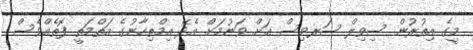
މީގެ އިތުރުން ސިވިލް ސަރވިސް އަށް ވަނުމަށް އެދޭ އިމްތިހާނުގެ އަތްމަތީ ފޮތެއްވެސް